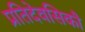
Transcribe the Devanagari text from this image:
प्रतिदेवसिकौ